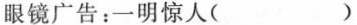
眼镜广告：一明惊人()